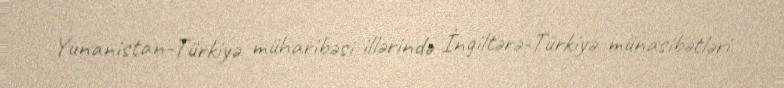
Yunanistan-Türkiyə müharibəsi illərində İngiltərə-Türkiyə münasibətləri,